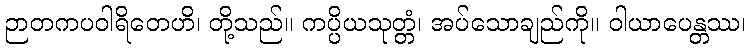
ဉာတကပဝါရိတေဟိ၊ တို့သည်။ ကပ္ပိယသုတ္တံ၊ အပ်သောချည်ကို။ ဝါယာပေန္တဿ၊